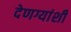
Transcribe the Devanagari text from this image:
देणग्यांशी